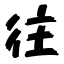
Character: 往